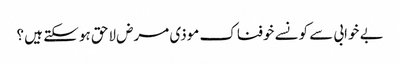
بے خوابی سے کونسے خوفناک موذی مرض لاحق ہو سکتے ہیں ؟